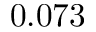
0 . 0 7 3